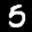
Label: 5